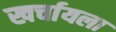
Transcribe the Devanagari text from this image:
खर्चायला